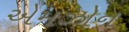
એમઝોન